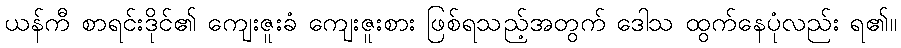
ယန်ကီ စာရင်းဒိုင်၏ ကျေးဇူးခံ ကျေးဇူးစား ဖြစ်ရသည့်အတွက် ဒေါသ ထွက်နေပုံလည်း ရ၏။